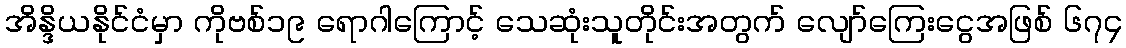
အိန္ဒိယနိုင်ငံမှာ ကိုဗစ်၁၉ ရောဂါကြောင့် သေဆုံးသူတိုင်းအတွက် လျော်ကြေးငွေအဖြစ် ၆၇၄